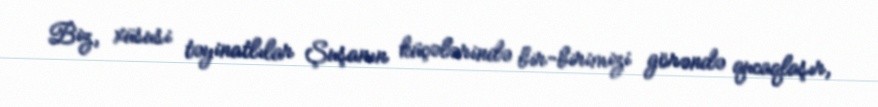
Biz, xüsusi təyinatlılar Şuşanın küçələrində bir-birimizi görəndə qucaqlaşır,